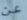
عن